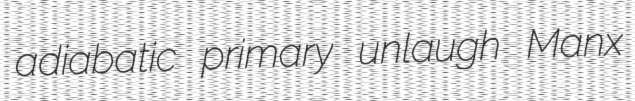
adiabatic primary unlaugh Manx